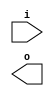
module buffer(input i, output o);
specify
(i => o) = 10;
endspecify
endmodule

module top(input i, output o, p);
buffer b(.i(i), .o(o));
endmodule